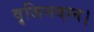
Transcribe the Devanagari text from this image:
वृजिनवान।